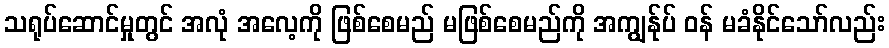
သရုပ်ဆောင်မှုတွင် အလုံ အလေ့ကို ဖြစ်စေမည် မဖြစ်စေမည်ကို အကျွန်ုပ် ဝန် မခံနိုင်သော်လည်း